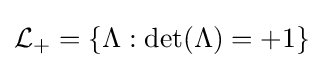
{\mathcal {L}}_{+}=\{\Lambda :\det(\Lambda )=+1\}